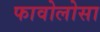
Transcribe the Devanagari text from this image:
फावोलोसा